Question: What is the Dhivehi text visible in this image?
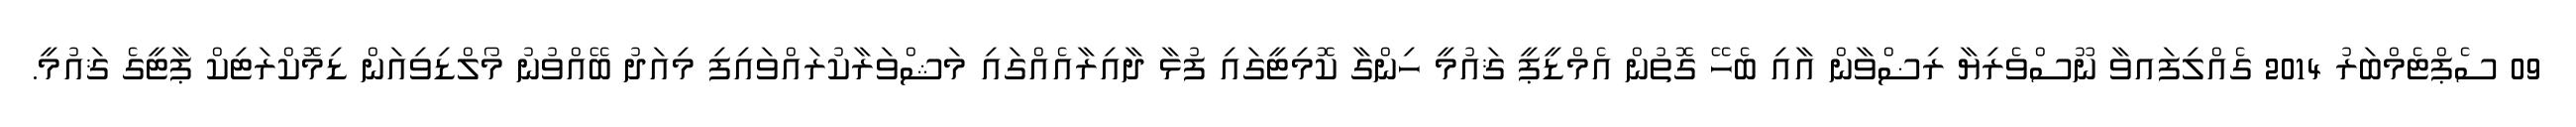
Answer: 09 ސެޕްޓެމްބަރު 2014 ގެއްލިފައވާ ނޫސްވެރިޔާ ރިޟްވާން އާއި ބެހޭ ގޮތުން އެމްޑީޕީ ޤައުމީ ހިންގާ ކޮމިޓީގައި ފުޅާ ދާއިރާއެއްގައި މަޝްވަރާކުރައްވައިފި މިއަދު ބޭއްވުނު މޯލްޑިވިއަން ޑިމޮކްރަޓިކް ޕާޓީގެ ޤައުމީ.